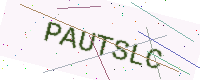
Text: PAUTSLC